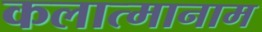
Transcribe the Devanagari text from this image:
कलात्मानाम